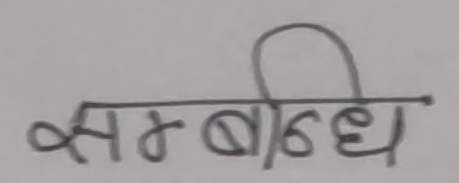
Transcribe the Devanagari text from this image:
सम्बन्धि